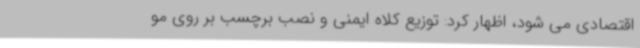
اقتصادی می شود، اظهار کرد: توزیع کلاه ایمنی و نصب برچسب بر روی مو